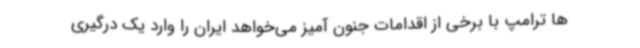
ها ترامپ با برخی از اقدامات جنون آمیز می‌خواهد ایران را وارد یک درگیری